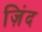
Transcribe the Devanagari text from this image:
ज़िंद